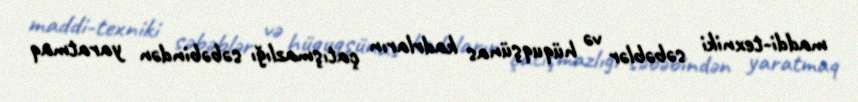
maddi-texniki səbəblər və hüquqşünas kadrların çatışmazlığı səbəbindən yaratmaq